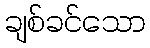
ချစ်ခင်သော